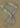
Text: 8